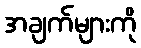
အချက်များကို